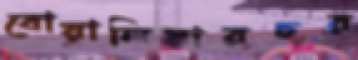
বোয়ালিয়ারচর